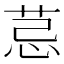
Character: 𦮼